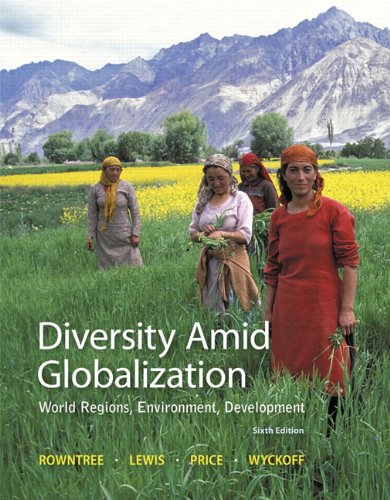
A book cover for Diversity Amid Globalization: World Regions, Environment, Development (6th Edition); Lester Rowntree; Science & Math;